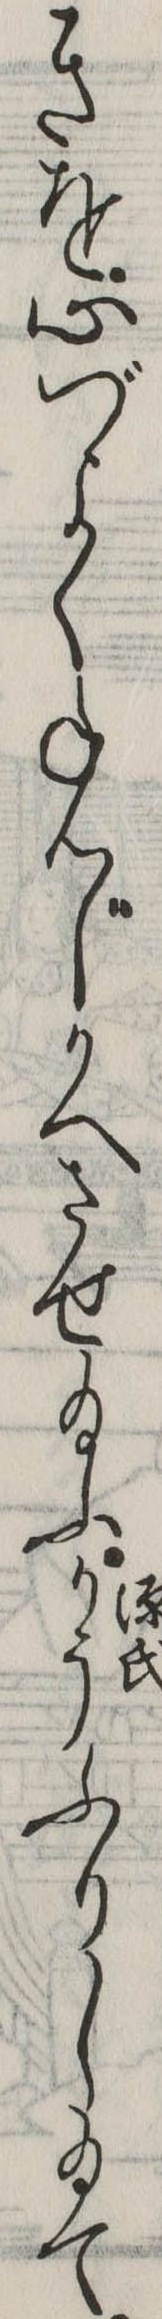
きを心づよくねんじかへさせ給ふかうふりし給て